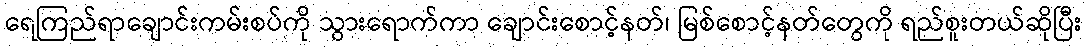
ရေကြည်ရာချောင်းကမ်းစပ်ကို သွားရောက်ကာ ချောင်းစောင့်နတ်၊ မြစ်စောင့်နတ်တွေကို ရည်စူးတယ်ဆိုပြီး